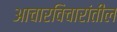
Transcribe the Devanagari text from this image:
आचारविचारांतील